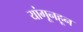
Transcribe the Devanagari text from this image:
यांगूनहून